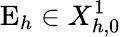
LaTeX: \mathrm{E}_{h}\in X_{h,0}^{1}